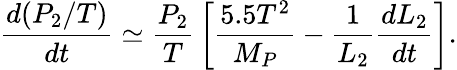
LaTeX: {\frac{d(P_{2}/T)}{dt}}\simeq{\frac{P_{2}}{T}}\left[{\frac{5.5T^{2}}{M_{P}}}-{\frac{1}{L_{2}}}{\frac{dL_{2}}{dt}}\right].